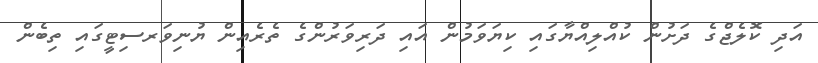
އަދި ކޮލެޖްގެ ދަށުން ކުއްލިއްޔާގައި ކިޔަވަމުން އައި ދަރިވަރުންގެ ތެރެއިން ޔުނިވަރސިޓީގައި ތިބެން